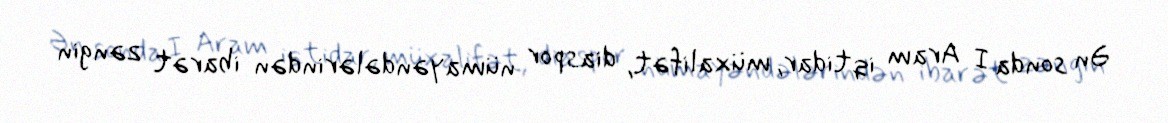
Ən sonda I Aram iqtidar, müxalifət, diaspor nümayəndələrindən ibarət zəngin